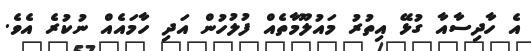
އެ ހާދިސާއާ ގުޅޭ އިތުރު މައުލޫމާތެއް ފުލުހުން އަދި ހާމައެއް ނުކުރެ އެވެ.